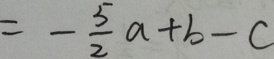
= - \frac { 5 } { 2 } a + b - c